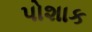
પોશાક